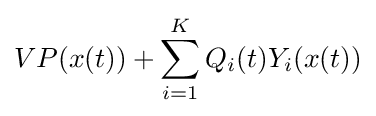
VP(x(t))+\sum _{i=1}^{K}Q_{i}(t)Y_{i}(x(t))